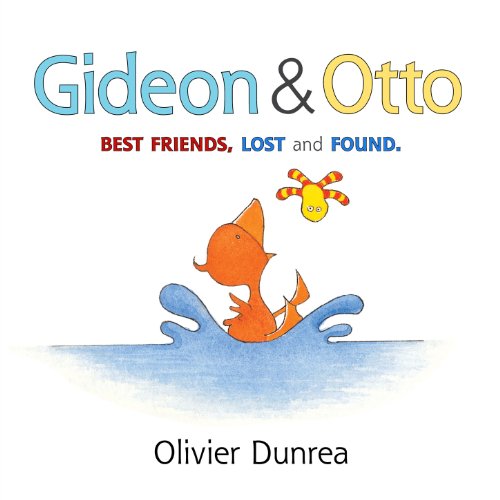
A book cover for Gideon and Otto (Gossie & Friends); Olivier Dunrea; Children's Books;